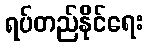
ရပ်တည်နိုင်ရေး